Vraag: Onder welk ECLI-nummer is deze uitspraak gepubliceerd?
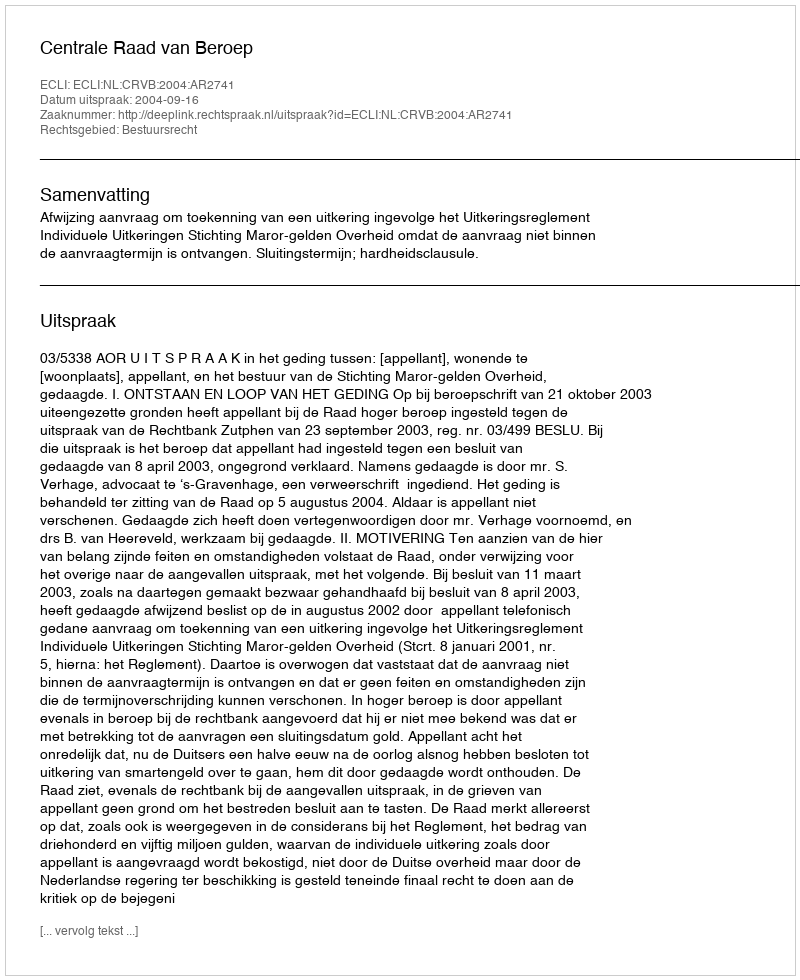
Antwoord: ECLI:NL:CRVB:2004:AR2741